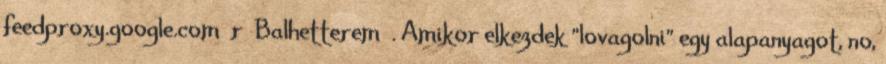
feedproxy.google.com r Balhetterem . Amikor elkezdek "lovagolni" egy alapanyagot, no,